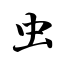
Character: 虫